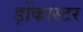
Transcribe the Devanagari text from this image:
ड़ोंकास्टर